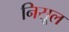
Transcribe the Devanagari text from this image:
निसूल